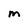
Character: M